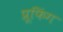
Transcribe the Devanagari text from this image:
प्रूफिंग